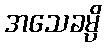
အသေခမ္ပိ